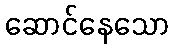
ဆောင်နေသော